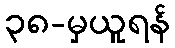
၃၈-မှယူရန်